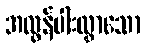
အလွန်ပါးလွှာသော